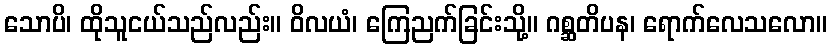
သောပိ၊ ထိုသူငယ်သည်လည်း။ ဝိလယံ၊ ကြေညက်ခြင်းသို့။ ဂစ္ဆတိပန၊ ရောက်လေသလော။